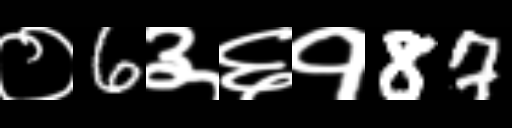
Text: ०6३६१87